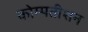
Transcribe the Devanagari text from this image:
कोम्पतीशन